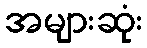
အများဆုံး